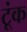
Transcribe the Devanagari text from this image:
टूंक